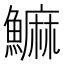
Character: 䲈